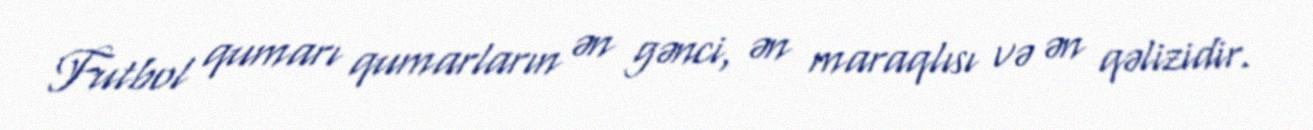
Futbol qumarı qumarların ən gənci, ən maraqlısı və ən qəlizidir.